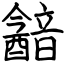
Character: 韽